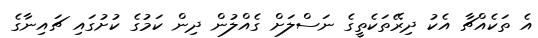
އެ ތަކެއްޗާ އެކު ދިރޭތަކެތީގެ ނަސްލަށް ގެއްލުން ދިން ކަމުގެ ކުށުގައި ޗައިނާގެ